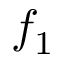
f _ { 1 }